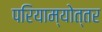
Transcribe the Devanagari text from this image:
परियाम्योत्तर